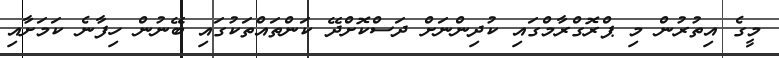
މީގެ އިތުރުން މި ޕްރޮގްރާމްގައި ކުދިންނަށް ދަސްކޮށްދޭ ކަންތައްތަކުގައި ބޭނުން ހިފާނެ ކަމަށާއި